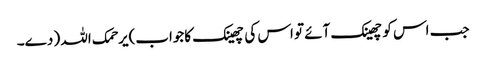
جب اس کوچھینک آئے تو اس کی چھینک کاجواب)یرحمک اللہ ( دے۔